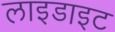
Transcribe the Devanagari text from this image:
लाइडाइट